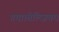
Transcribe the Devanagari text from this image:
गया।बेल्जियम